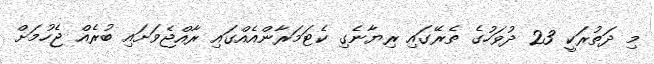
މި ދަތުރަކީ 23 ދުވަހުގެ ތެރޭގައި ރިޔާނެގި ކެޓަމަރާންއެއްގައި ރާއްޖެވަށައި ބުރެއް ޖެހުމަށް